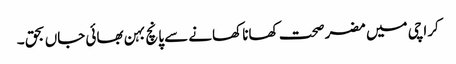
کراچی میں مضر صحت کھانا کھانے سے پانچ بہن بھائی جاں بحق ۔